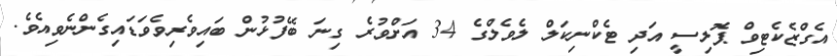
އެގްޒެކެޓިވް ޕޮލިސީ އަދި ޓެކްނިކަލް ލެވެލްގެ 34 އަށްވުރެ ގިނަ ބޭފުޅުން ބައިވެރިވެވަޑައިގެންނެވިއެވެ.